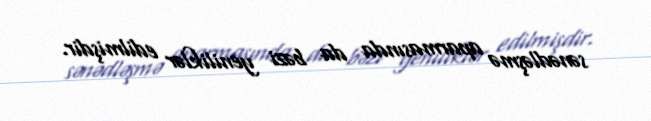
sənədləşmə aparmasında da bəzi yeniliklər edilmişdir.